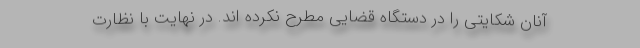
آنان شکایتی را در دستگاه قضایی مطرح نکرده اند. در نهایت با نظارت